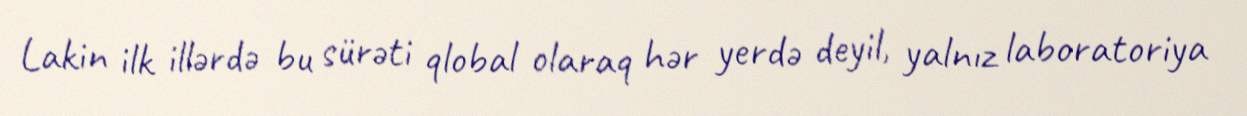
Lakin ilk illərdə bu sürəti qlobal olaraq hər yerdə deyil, yalnız laboratoriya